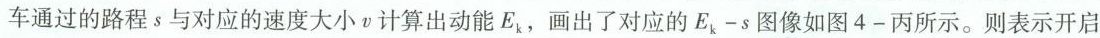
车通过的路程s与对应的速度大小v计算出动能E_{k}画出了对应的E_{k}-s图像如图4-丙所示。则表示开启